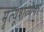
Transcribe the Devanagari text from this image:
मृत्यूशय्येवर